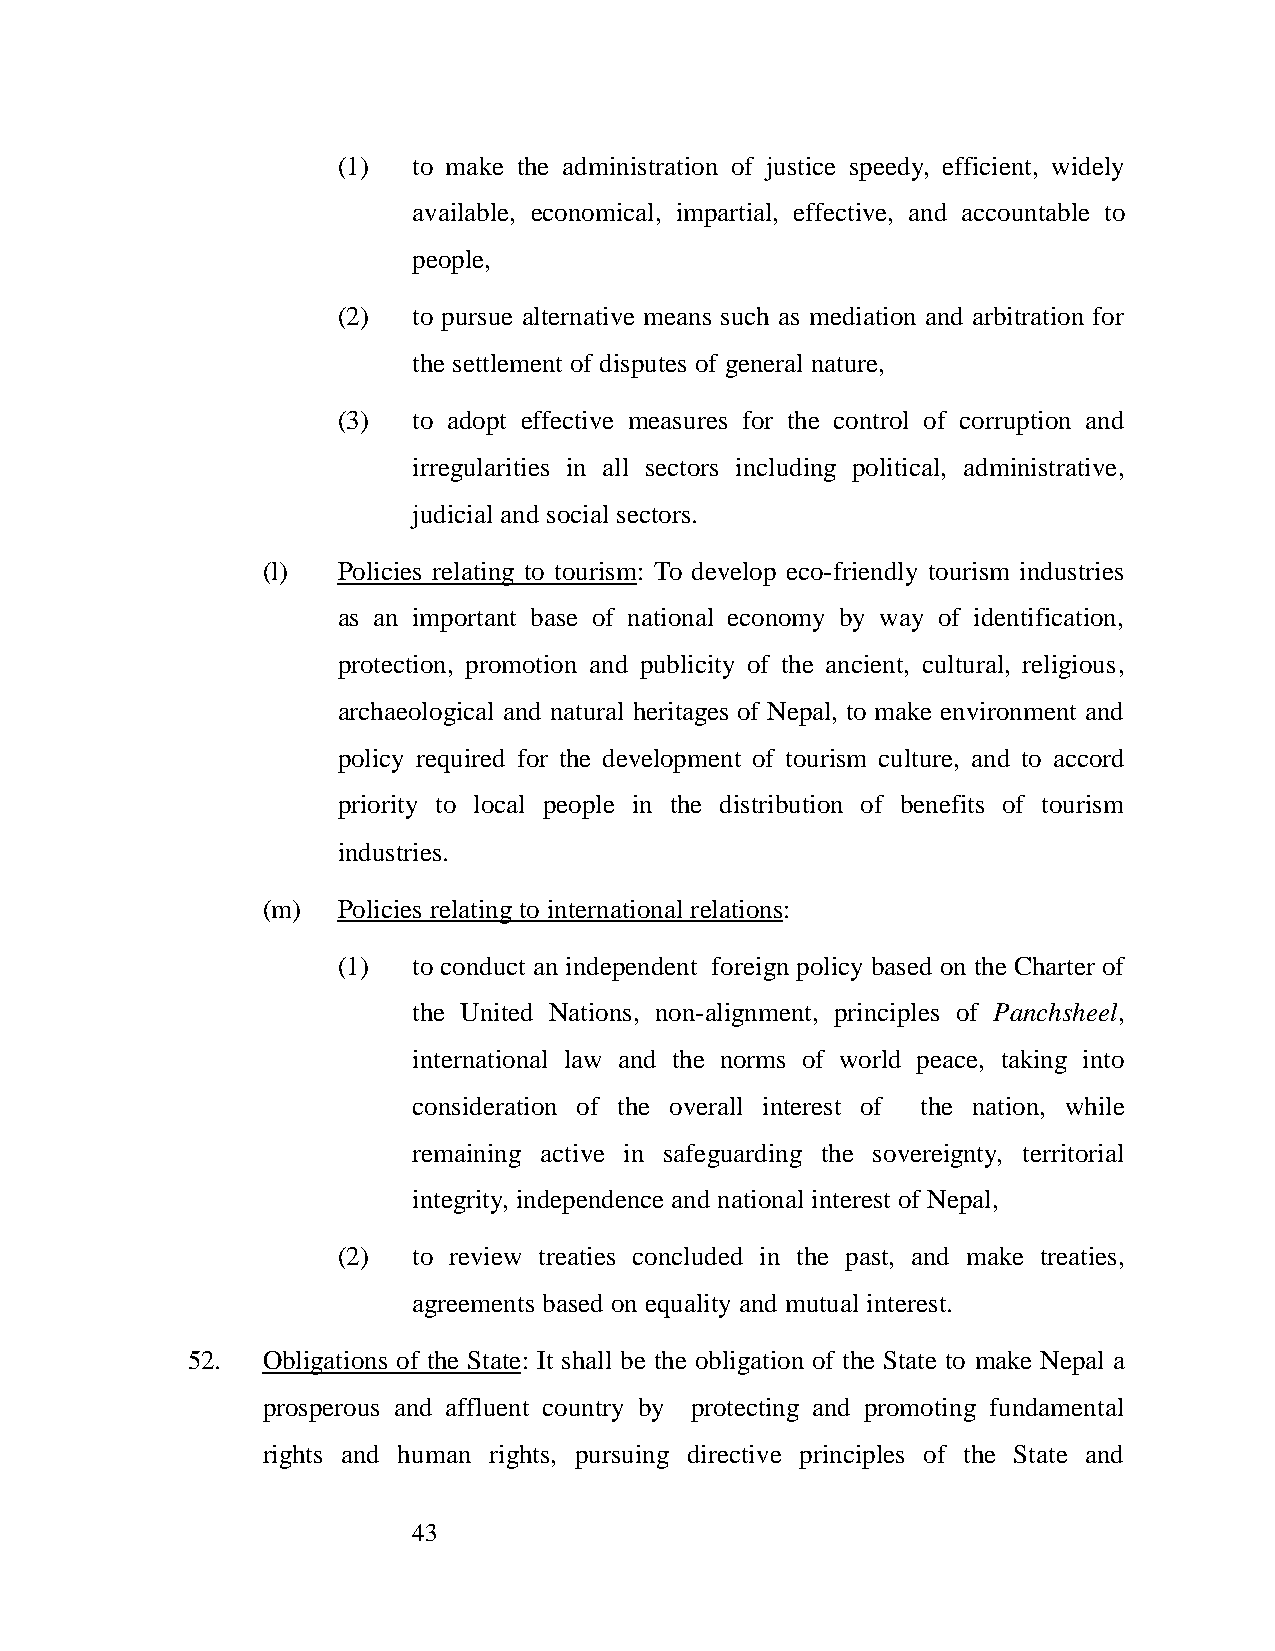
(1)  to make the administration of justice speedy, efficient, widely
 available, economical, impartial, effective, and accountable to
 people,
 (2)  to pursue alternative means such as mediation and arbitration for
 the settlement of disputes of general nature,
 (3)  to adopt effective measures for the control of corruption and
 irregularities in all sectors including political, administrative,
 judicial and social sectors.
 (l)  Policies relating to tourism: To develop eco-friendly tourism industries
 as an important base of national economy by way of identification,
 protection, promotion and publicity of the ancient, cultural, religious,
 archaeological and natural heritages of Nepal, to make environment and
 policy required for the development of tourism culture, and to accord
 priority to local people in the distribution of benefits of tourism
 industries.
 (m)  Policies relating to international relations:
 (1)  to conduct an independent foreign policy based on the Charter of
 the United Nations, non-alignment, principles of Panchsheel,
 international law and the norms of world peace, taking into
 consideration of the overall interest of the nation, while
 remaining active in safeguarding the sovereignty, territorial
 integrity, independence and national interest of Nepal,
 (2)  to review treaties concluded in the past, and make treaties,
 agreements based on equality and mutual interest.
 52.  Obligations of the State: It shall be the obligation of the State to make Nepal a
 prosperous and affluent country by protecting and promoting fundamental
 rights and human rights, pursuing directive principles of the State and
 43